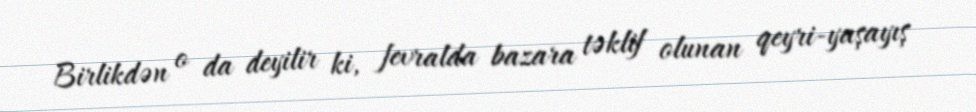
Birlikdən o da deyilir ki, fevralda bazara təklif olunan qeyri-yaşayış